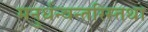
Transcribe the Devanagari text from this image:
मनुर्धन्वन्तरिस्तथा